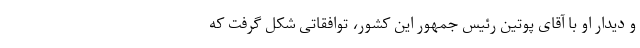
و دیدار او با آقای پوتین رئیس جمهور این کشور، توافقاتی شکل گرفت که